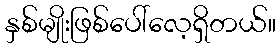
နှစ်မျိုးဖြစ်ပေါ်လေ့ရှိတယ်။